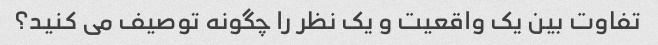
تفاوت بین یک واقعیت و یک نظر را چگونه توصیف می کنید؟